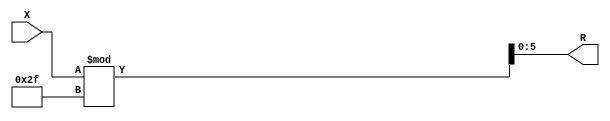
module x_100_mod_47_(
    input [100:1] X,
    output [6:1] R
    );


assign R = X % 47;

endmodule